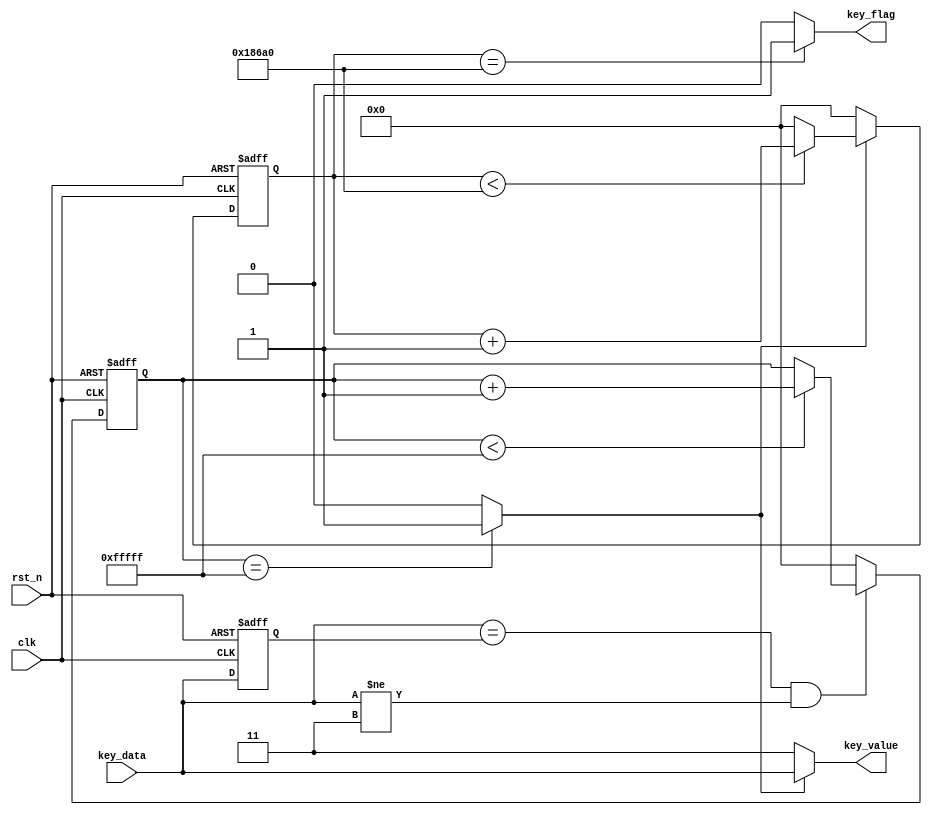
/*-------------------------------------------------------------------------
This confidential and proprietary software may be only used as authorized
by a licensing agreement from Amfpga.
(C) COPYRIGHT 2012 CrazyBingo. ALL RIGHTS RESERVED
Filename			:		CMOS_Capture.v
Author				:		suisuisi
Data				:		2018-10-09
Version				:		1.0
Description			:		sdram test with uart interface.
Modification History	:
Data			By			Version			Change Description
===========================================================================

--------------------------------------------------------------------------*/
module key_down_scan
#(
	parameter KEY_WIDTH = 2
)
(
	input						clk,	//50MHz
	input						rst_n,	
	input		[KEY_WIDTH-1:0]	key_data,	

	output						key_flag,
	output		[KEY_WIDTH-1:0]	key_value	
);

//---------------------------------
//escape the jitters
reg [19:0]	delay_cnt;	//scan counter
reg	[KEY_WIDTH-1:0]	key_data_r;
always @(posedge clk or negedge rst_n)
begin
	if(!rst_n)	
		begin
		key_data_r <= {KEY_WIDTH{1'b1}};
		delay_cnt <= 0;
		end
	else 
		begin
		key_data_r <= key_data;								//lock the key value
		if((key_data == key_data_r) && (key_data != {KEY_WIDTH{1'b1}}))	//20ms escape jitter
			begin
			if(delay_cnt < 20'hfffff)
				delay_cnt <= delay_cnt + 1'b1;
			end
		else//if(key_data != key_data_r || key_data ==2'b11)
			delay_cnt <= 0;
		end
end
wire	key_trigger = (delay_cnt == 20'hfffff) ? 1'b1 : 1'b0;//key is down
assign	key_value = (key_trigger == 1'b1) ? key_data : 2'b11;

//-----------------------------------
localparam	KEY_DELAY = 20'd1_00000;	//50MHz, 1/50s
reg	[19:0]	key_cnt;
always@(posedge clk or negedge rst_n)
begin
	if(!rst_n)
		key_cnt <= 0;
	else if(key_trigger)
		begin
		if(key_cnt < KEY_DELAY)	
			key_cnt <= key_cnt + 1'b1;
		else
			key_cnt <= 0;
		end
	else
		key_cnt <= 0;
end
assign	key_flag = (key_cnt == KEY_DELAY) ? 1'b1 : 1'b0;

endmodule